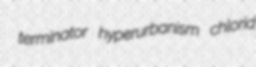
terminator hyperurbanism chlorid